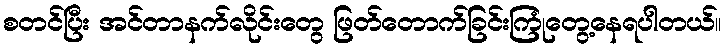
စတင်ပြီး အင်တာနက်လိုင်းတွေ ဖြတ်တောက်ခြင်းကြုံတွေ့နေရပါတယ်။